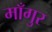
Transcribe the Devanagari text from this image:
माँगुर